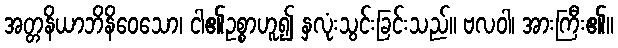
အတ္တနိယာဘိနိဝေသော၊ ငါ၏ဥစ္စာဟူ၍ နှလုံးသွင်းခြင်းသည်။ ဗလဝါ၊ အားကြီး၏။